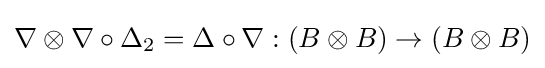
\nabla \otimes \nabla \circ \Delta _{2}=\Delta \circ \nabla :(B\otimes B)\to (B\otimes B)